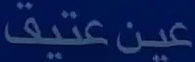
عين عتيق